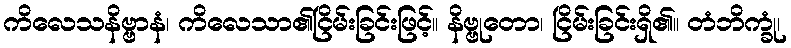
ကိလေသနိဗ္ဗာနံ၊ ကိလေသာ၏ငြိမ်းခြင်းဖြင့်။ နိဗ္ဗုတော၊ ငြိမ်းခြင်းရှိ၏။ တံဘိက္ခုံ၊